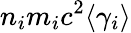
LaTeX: n_{i}m_{i}c^{2}\langle\gamma_{i}\rangle